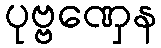
ပုဗ္ဗဏှေန